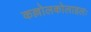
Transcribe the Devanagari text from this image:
कल्लोलकोलाहलः